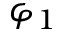
\varphi _ { 1 }